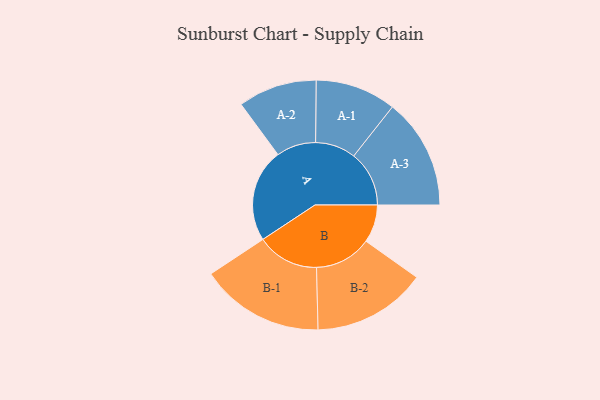
{"axis": {"x": "Segment", "y": "Value"}, "legend": ["", "A", "B"], "data": [{"x": "A", "y": 293, "type": ""}, {"x": "B", "y": 119, "type": ""}, {"x": "A-1", "y": 127, "type": "A"}, {"x": "A-2", "y": 124, "type": "A"}, {"x": "A-3", "y": 174, "type": "A"}, {"x": "B-1", "y": 195, "type": "B"}, {"x": "B-2", "y": 179, "type": "B"}]}